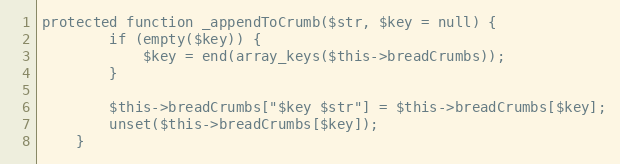
Language: PHP
protected function _appendToCrumb($str, $key = null) {
		if (empty($key)) {
			$key = end(array_keys($this->breadCrumbs));
		}

		$this->breadCrumbs["$key $str"] = $this->breadCrumbs[$key];
		unset($this->breadCrumbs[$key]);
	}